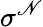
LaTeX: \sigma^{\mathscr{N}}